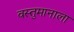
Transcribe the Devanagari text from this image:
वस्तुमानाला